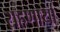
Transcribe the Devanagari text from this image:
राहणार्या